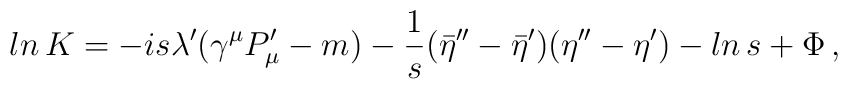
ln\,K=-is\lambda'(\gamma^\mu P'_\mu-m)-{1\over s}({\bar\eta}''-{\bar\eta}')(\eta ''-\eta') -ln\,s +\Phi\,,